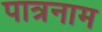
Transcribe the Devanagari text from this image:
पात्रनाम